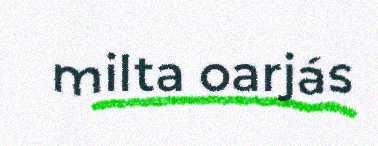
milta oarjás